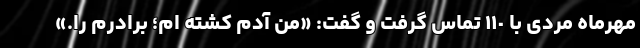
مهرماه مردی با ١١٠ تماس گرفت و گفت: «من آدم کشته ‌ام؛ برادرم را.»